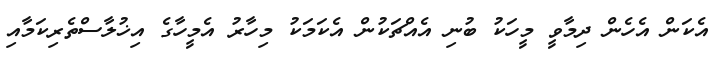
އެކަން އެހެން ދިމާވީ މީހަކު ބުނި އެއްޗަކުން އެކަމަކު މިހާރު އެމީހާގެ އިޚުލާސްތެރިކަމާއި